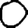
Digit: 0